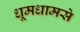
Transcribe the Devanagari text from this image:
धूमधामसे